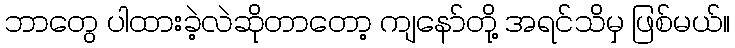
ဘာတွေ ပါထားခဲ့လဲဆိုတာတော့ ကျနော်တို့ အရင်သိမှ ဖြစ်မယ်။